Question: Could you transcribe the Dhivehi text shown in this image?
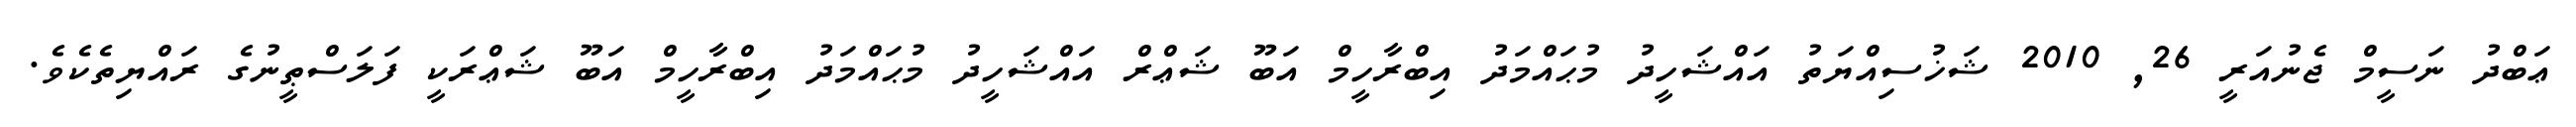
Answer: ޢަބްދު ނަސީމް ޖެނުއަރީ 26, 2010 ޝަޚުސިއްޔަތު އައްޝަހީދު މުޙައްމަދު އިބްރާހީމް އަބޫ ޝަޢްރް އައްޝަހީދު މުޙައްމަދު އިބްރާހީމް އަބޫ ޝަޢްރަކީ ފަލަސްޠީނުގެ ރައްޔިތެކެވެ.